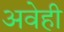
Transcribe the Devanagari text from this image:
अवेही